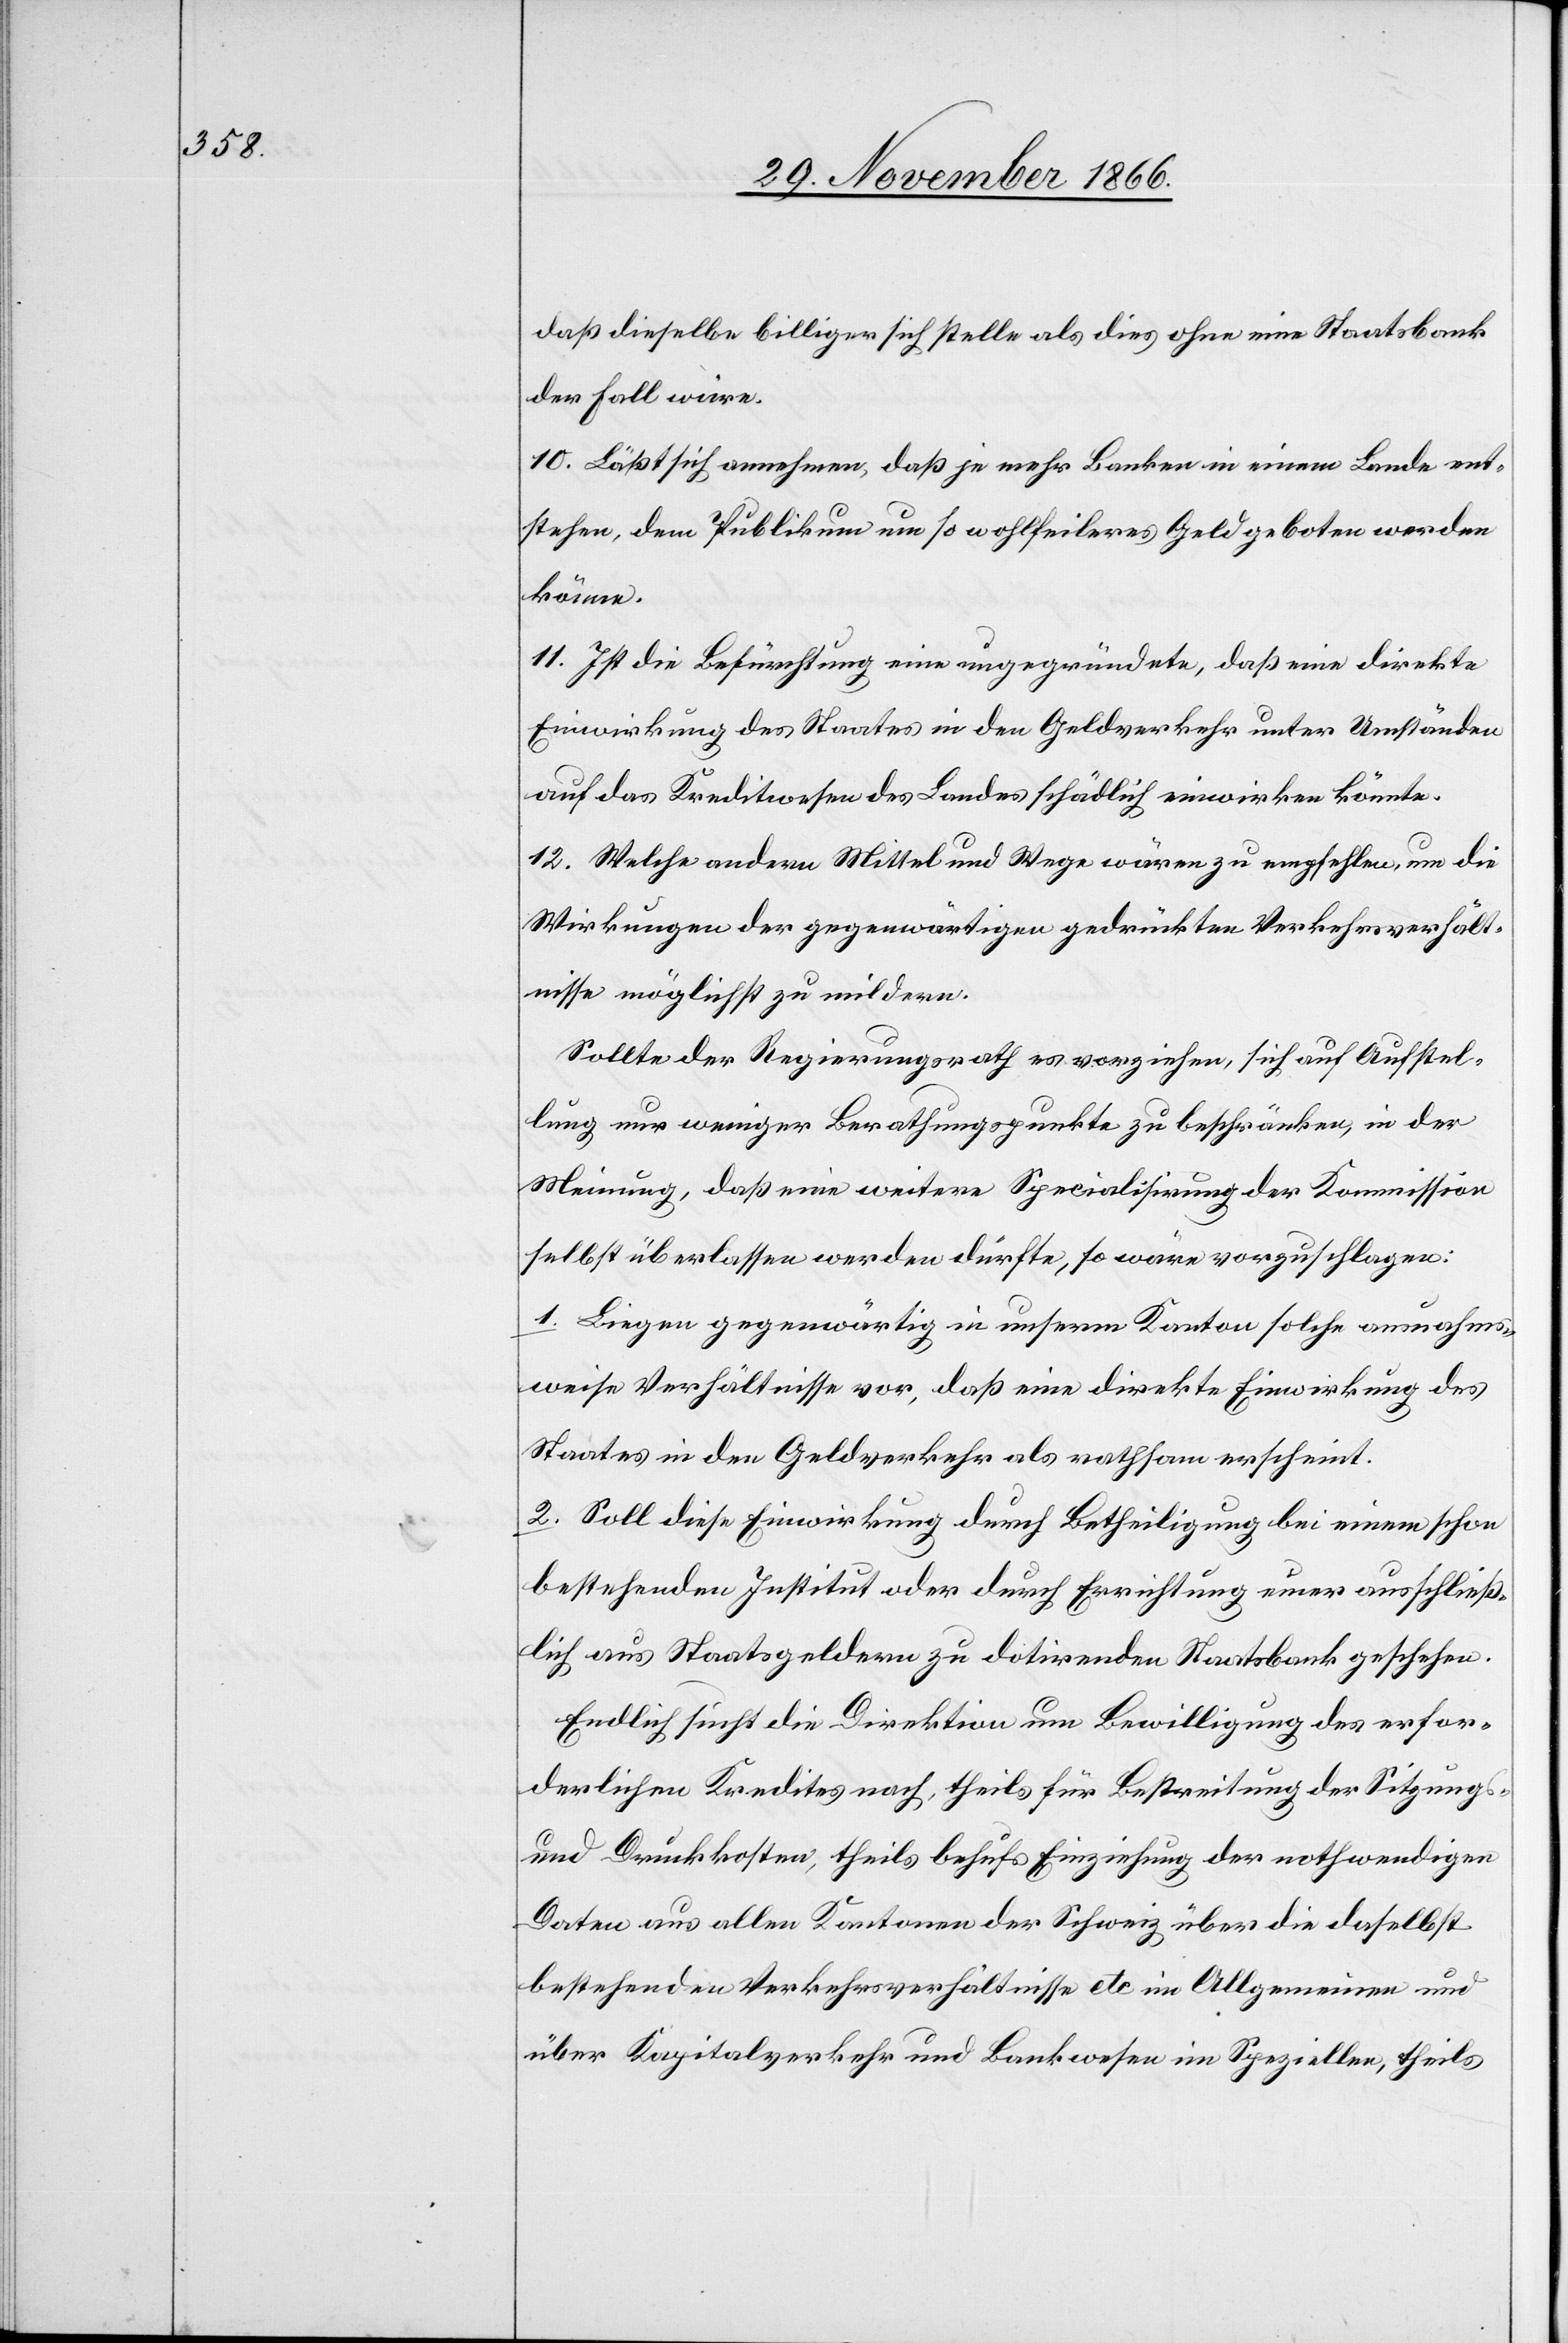
daß dieselbe billiger sich stelle als dies ohne eine Staatsbank
der Fall wäre.
10. Läßt sich annehmen, daß je mehr Banken in einem Lande ent¬
stehen, dem Publikum um so wohlfeileres Geld geboten werden
könne.
11. Ist die Befürchtung eine ungegründete, daß eine direkte
Einwirkung des Staates in den Geldverkehr unter Umständen
auf das Kreditwesen des Landes schädlich einwirken könnte.
12. Welche andern Mittel und Wege wären zu empfehlen, um die
Wirkungen der gegenwärtigen gedrückten Verkehrsverhält¬
nisse möglichst zu mildern.
Sollte der Regierungsrath es vorziehen, sich auf Aufstel¬
lung nur weniger Berathungspunkte zu beschränken, in der
Meinung, daß eine weitere Specialisirung der Kommission
selbst überlassen werden dürfte, so wäre vorzuschlagen:
1. Liegen gegenwärtig in unserm Kanton solche ausnahms¬
weise Verhältnisse vor, daß eine direkte Einwirkung des
Staates in den Geldverkehr als rathsam erscheint.
2. Soll diese Einwirkung durch Betheiligung bei einem schon
bestehenden Institut oder durch Errichtung einer ausschließ¬
lich aus Staatsgeldern zu dotirenden Staatsbank geschehen.
Endlich sucht die Direktion um Bewilligung des erfor¬
derlichen Kredites nach, theils für Bestreitung der Sitzungs-
und Druckkosten, theils behufs Einziehung der nothwendigen
Daten aus allen Kantonen der Schweiz über die daselbst
bestehenden Verkehrsverhältnisse etc im Allgemeinen und
über Kapitalverkehr und Bankwesen im Speziellen, theils